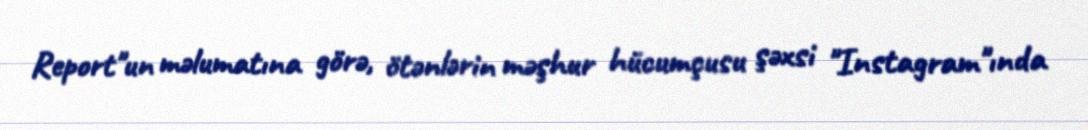
Report"un məlumatına görə, ötənlərin məşhur hücumçusu şəxsi "Instagram"ında